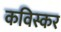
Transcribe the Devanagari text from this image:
कविस्कर